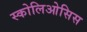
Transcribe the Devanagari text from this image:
स्कोलिओसिस